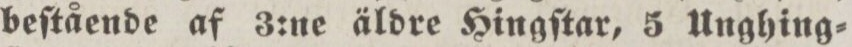
beſtående af 3:ne äldre Hingſtar, 5 Unghing=